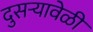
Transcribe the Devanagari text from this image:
दुसऱ्यावेळी